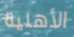
الأهلية